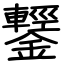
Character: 鑋